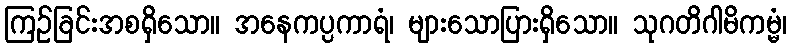
ကြဉ်ခြင်းအစရှိသော။ အနေကပ္ပကာရံ၊ များသောပြားရှိသော။ သုဂတိဂါမိကမ္မံ၊